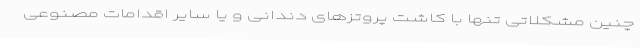
چنین مشکلاتی تنها با کاشت پروتزهای دندانی و یا سایر اقدامات مصنوعی